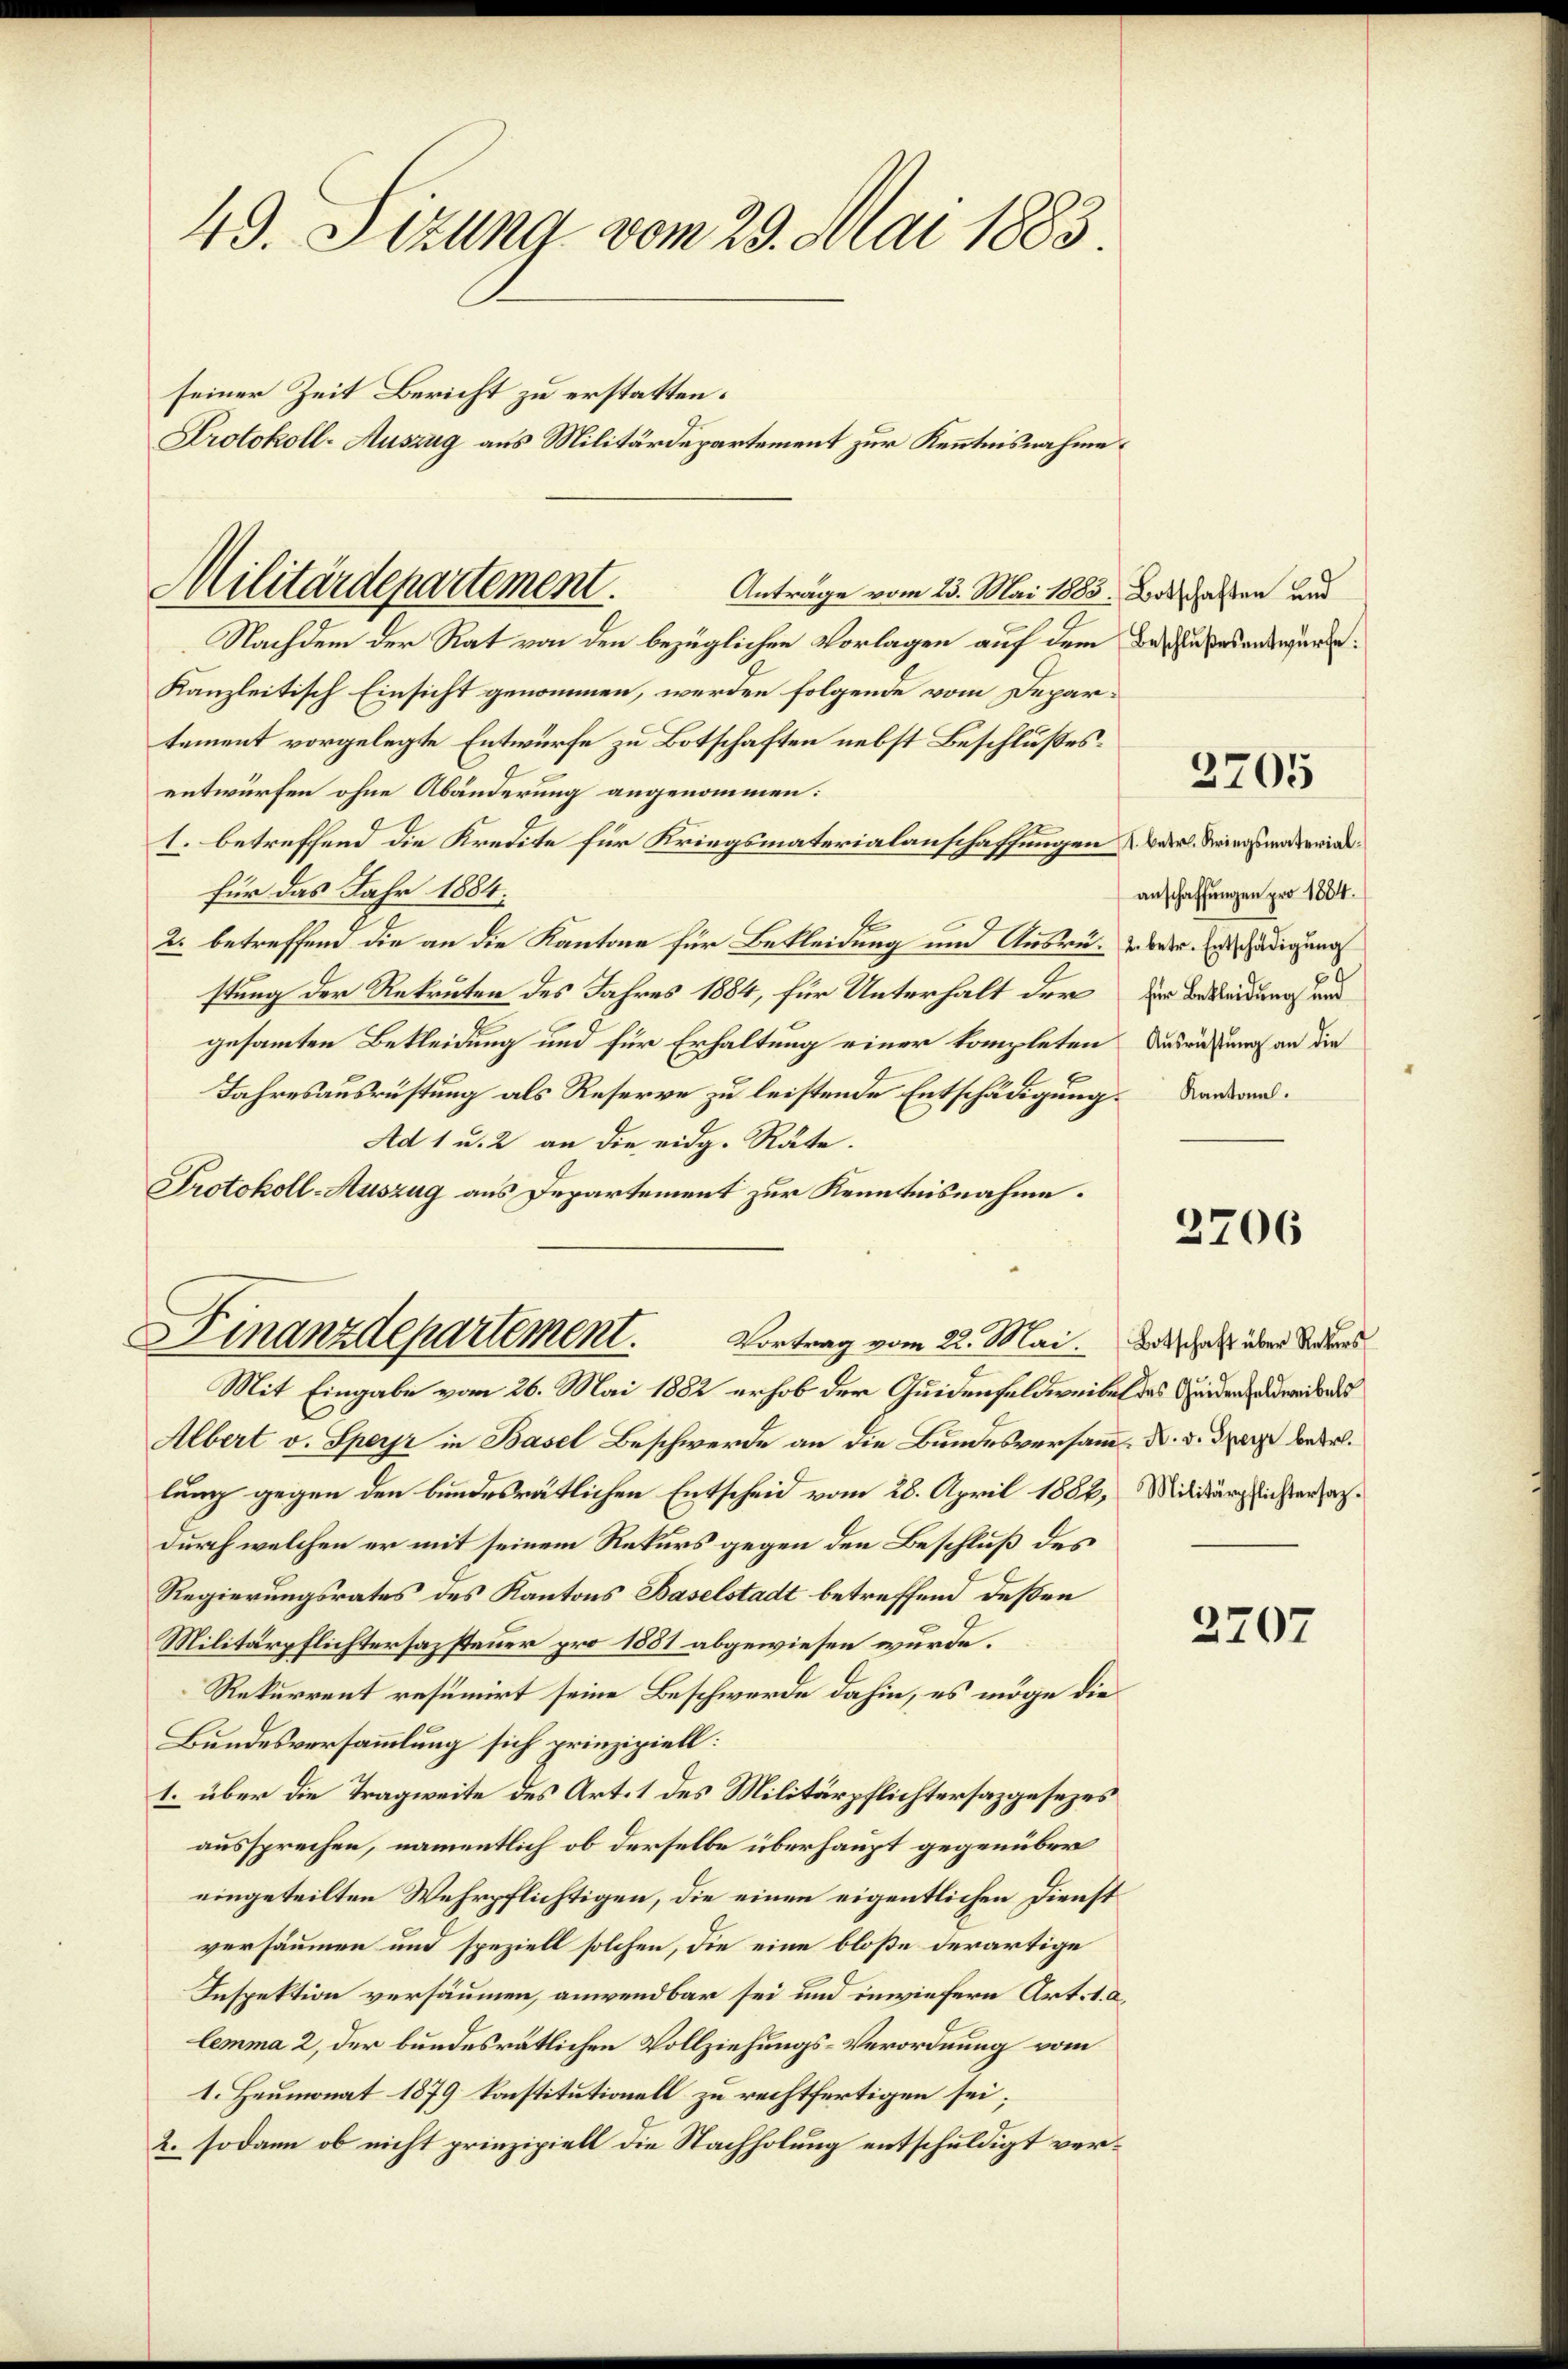
49. Sizung vom 29. Mai 1883.
seiner Zeit Bericht zu erstatten.
Protokoll-Auszug aus Militärdepartement zur Kenntnisnahme

Kanzleitisch Einsicht genommen, werden folgende vom Departement vorgelegte Entwürfe zu Botschaften nebst Beschlußes.
entwürfen ohne Abänderung angenommen:
1. betreffend die Kredite für Kriegsmaterialanschaffungen & der Biegunteriefür das Jahr 1884.
2. betreffend die an die Kantone für Bekleidung und Ausrüstung der Rekruten des Jahres 1884, für Unterhalt der
gesammten Bekleidung und für Erhaltung einer kompleten
Jahresausrüstung als Reserve zu leistende Entschädigung. Vandan¬
Ad 1 u. 2 an die eidg. Räte.
Protokoll-Auszug aus Departement zur Kenntnisnahme.
Finanzdepartement.
Mit Eingabe vom 26. Mai 1882 erhob der Quidenfeldweibel des Grunden andereibers
Albert v. Sperr in Basel Beschwerde an die Bundesversamm. d. d. der betr.
lung gegen den bundesrätlichen Entscheid vom 28. April 1882, Militärpflichterfasdurch welchen er mit seinem Rekurs gegen den Beschluß des
Regierungsrates des Kantons Baselstadt betreffend deßen
Militärpflichtersazsteuer pro 1881 abgewiesen wurde.
Rekurrent resumirt seine Beschwerde dahin, es möge die
Bundesversammlung sich prinzipiell:
1. über die Tragweite des Art. 1 des Militärpflichtersazgesezes
aussprechen, namentlich ob derselbe überhaupt gegenüber
eingeteilten Wehrpflichtigen, die einen eigentlichen Dienst
versäumen und speziell solchen, die eine bloße derartige
Inspektion versäumen, anwendbar sei und inwiefern Art. 1. a.
lemma 2, der bundesrätlichen Vollziehungs-Verordnung vom
1. Heumonat 1879 konstitutionell zu rechtfertigen sei;
2. sodann ob nicht prinzipiell die Nachholung entschuldigt ver¬

Militärdepartement.
Anträge vom 23. Mai 1883.
Nachdem der Rat von den bezüglichen Vorlagen auf dem des Judasanswürde.

Vortrag vom 22. Mai. Botschaft über Rekurs

Botschaften und

3705

anschaffungen pro 1854.
2. betr. Entschädigung
für Bekleidung und
Ausrüstung an die

2706

2707